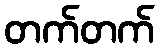
တက်တက်